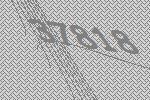
37818